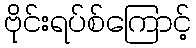
ဗိုင်းရပ်စ်ကြောင့်